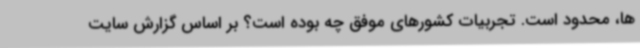
ها، محدود است. تجربیات کشورهای موفق چه بوده است؟ بر اساس گزارش سایت